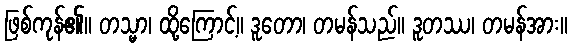
ဖြစ်ကုန်၏။ တသ္မာ၊ ထို့ကြောင့်။ ဒူတော၊ တမန်သည်။ ဒူတဿ၊ တမန်အား။